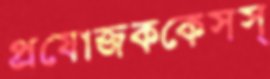
প্রযোজককেসস্